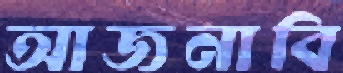
আজনাবি